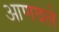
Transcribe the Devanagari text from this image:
आणवले